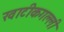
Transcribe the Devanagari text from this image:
खाटीकगल्ली